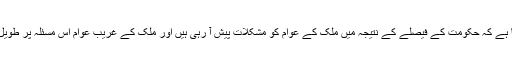
صدر جمہوریہ نے یہ واضح کردیا ہے کہ حکومت کے فیصلے کے نتیجہ میں ملک کے عوام کو مشکلات پیش آ رہی ہیں اور ملک کے غریب عوام اس مسئلہ پر طویل انتظار کے متحمل نہیں ہوسکتے ۔